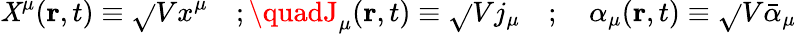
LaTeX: \mathit{X}^{\mu}({\mathbf{r}},t)\equiv\sqrt{}{{V}}x^{\mu}\quad;\quadJ_{\mu}({\mathbf{r}},t)\equiv\sqrt{}{{V}}j_{\mu}\quad;\quad\alpha_{\mu}({\mathbf{r}},t)\equiv\sqrt{}{{V}}{\bar{{\alpha}}}_{\mu}